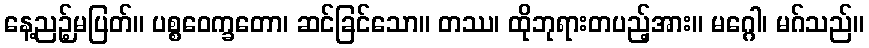
နေ့ညဉ့်မပြတ်။ ပစ္စဝေက္ခတော၊ ဆင်ခြင်သော။ တဿ၊ ထိုဘုရားတပည့်အား။ မဂ္ဂေါ၊ မဂ်သည်။